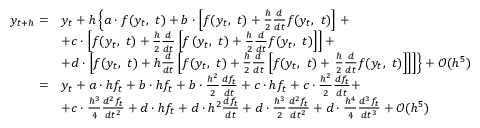
{ \begin{array} { r l } { y _ { t + h } = } & { y _ { t } + h \left\lbrace a \cdot f ( y _ { t } , \ t ) + b \cdot \left[ f ( y _ { t } , \ t ) + { \frac { h } { 2 } } { \frac { d } { d t } } f ( y _ { t } , \ t ) \right] \right. + } \\ & { + c \cdot \left[ f ( y _ { t } , \ t ) + { \frac { h } { 2 } } { \frac { d } { d t } } \left[ f \left( y _ { t } , \ t \right) + { \frac { h } { 2 } } { \frac { d } { d t } } f ( y _ { t } , \ t ) \right] \right] + } \\ & { + d \cdot \left[ f ( y _ { t } , \ t ) + h { \frac { d } { d t } } \left[ f ( y _ { t } , \ t ) + { \frac { h } { 2 } } { \frac { d } { d t } } \left[ f ( y _ { t } , \ t ) + \left. { \frac { h } { 2 } } { \frac { d } { d t } } f ( y _ { t } , \ t ) \right] \right] \right] \right\rbrace + { \mathcal { O } } ( h ^ { 5 } ) } \\ { = } & { y _ { t } + a \cdot h f _ { t } + b \cdot h f _ { t } + b \cdot { \frac { h ^ { 2 } } { 2 } } { \frac { d f _ { t } } { d t } } + c \cdot h f _ { t } + c \cdot { \frac { h ^ { 2 } } { 2 } } { \frac { d f _ { t } } { d t } } + } \\ & { + c \cdot { \frac { h ^ { 3 } } { 4 } } { \frac { d ^ { 2 } f _ { t } } { d t ^ { 2 } } } + d \cdot h f _ { t } + d \cdot h ^ { 2 } { \frac { d f _ { t } } { d t } } + d \cdot { \frac { h ^ { 3 } } { 2 } } { \frac { d ^ { 2 } f _ { t } } { d t ^ { 2 } } } + d \cdot { \frac { h ^ { 4 } } { 4 } } { \frac { d ^ { 3 } f _ { t } } { d t ^ { 3 } } } + { \mathcal { O } } ( h ^ { 5 } ) } \end{array} }